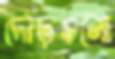
দৌড়গুলো